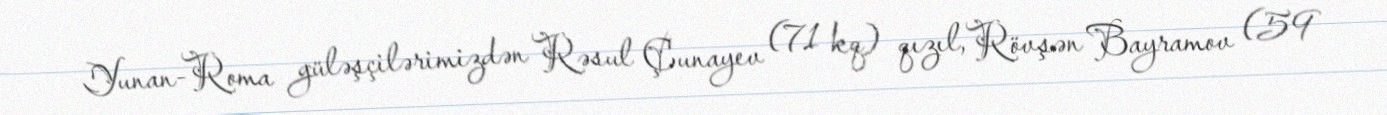
Yunan-Roma güləşçilərimizdən Rəsul Çunayev (71 kq) qızıl, Rövşən Bayramov (59